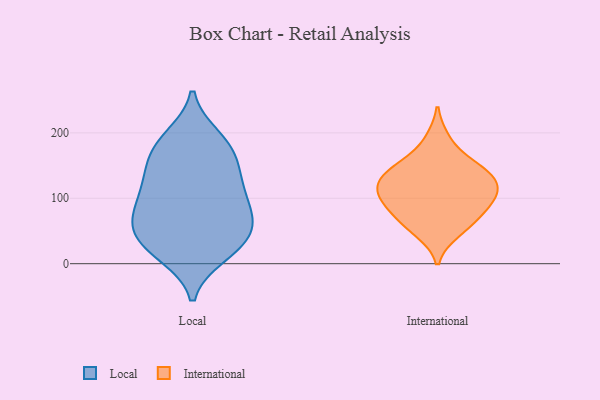
{"axis": {"x": "Conversion Rate (%)", "y": "Value"}, "legend": ["International", "Local"], "data": [{"x": "", "y": 117, "type": "Local"}, {"x": "", "y": 70, "type": "Local"}, {"x": "", "y": 164, "type": "Local"}, {"x": "", "y": 52, "type": "Local"}, {"x": "", "y": 136, "type": "Local"}, {"x": "", "y": 13, "type": "Local"}, {"x": "", "y": 194, "type": "Local"}, {"x": "", "y": 185, "type": "Local"}, {"x": "", "y": 39, "type": "Local"}, {"x": "", "y": 68, "type": "Local"}, {"x": "", "y": 44, "type": "Local"}, {"x": "", "y": 152, "type": "Local"}, {"x": "", "y": 97, "type": "Local"}, {"x": "", "y": 99, "type": "Local"}, {"x": "", "y": 17, "type": "Local"}, {"x": "", "y": 20, "type": "Local"}, {"x": "", "y": 138, "type": "Local"}, {"x": "", "y": 91, "type": "Local"}, {"x": "", "y": 187, "type": "Local"}, {"x": "", "y": 58, "type": "Local"}, {"x": "", "y": 114, "type": "International"}, {"x": "", "y": 91, "type": "International"}, {"x": "", "y": 190, "type": "International"}, {"x": "", "y": 73, "type": "International"}, {"x": "", "y": 146, "type": "International"}, {"x": "", "y": 106, "type": "International"}, {"x": "", "y": 112, "type": "International"}, {"x": "", "y": 150, "type": "International"}, {"x": "", "y": 133, "type": "International"}, {"x": "", "y": 48, "type": "International"}, {"x": "", "y": 58, "type": "International"}, {"x": "", "y": 144, "type": "International"}, {"x": "", "y": 83, "type": "International"}, {"x": "", "y": 115, "type": "International"}]}